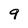
Character: 9